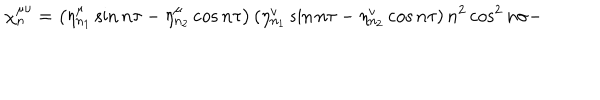
LaTeX: { \ \chi _ { n } ^ { \mu \upsilon } = \left( \eta _ { n _ { 1 } } ^ { \mu } \sin n \tau - \eta _ { n _ { 2 } } ^ { \mu } \cos n \tau \right) \left( \eta _ { n _ { 1 } } ^ { v } \sin n \tau - \eta _ { n _ { 2 } } ^ { v } \cos n \tau \right) n ^ { 2 } \cos ^ { 2 } n \sigma - }